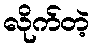
လိုက်တဲ့